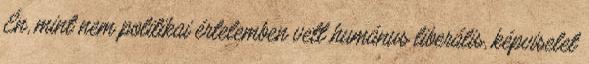
Én, mint nem politikai értelemben vett humánus liberális, képviselet